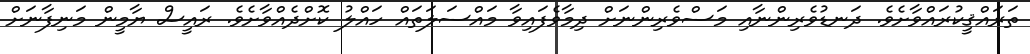
ތަރައްޤީކުރައްވާށެވެ. ދަނޑުވެރިންނާއި މަސްވެރިންނަށް ދިމާވެފައިވާ މައްސަލަތައް ހައްލު ކޮށްދެއްވާށެވެ. ރައީސް ޔާމީން މަނިފާނަށް